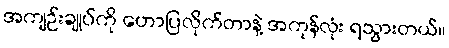
အကျဉ်းချုပ်ကို ဟောပြလိုက်တာနဲ့ အကုန်လုံး ရသွားတယ်။